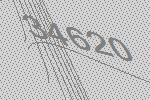
34620